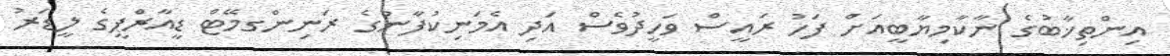
އިންތިޚާބުގެ ނާކާމިޔާބީއަށް ފަހު ރައީސް ވަހީދުވެސް އަދި އެމަނިކުފާނުގެ ރަނިންގމޭޓް ޑީއާރްޕީގެ ލީޑަރު